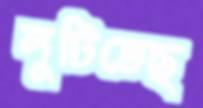
লুটিতেছ